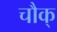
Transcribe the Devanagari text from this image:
चौक्